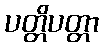
ပတ္တိပတ္တာ